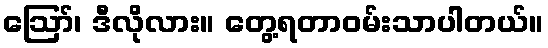
ဪ၊ ဒီလိုလား။ တွေ့ရတာဝမ်းသာပါတယ်။